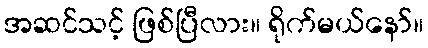
အဆင်သင့် ဖြစ်ပြီလား။ ရိုက်မယ်နော်။